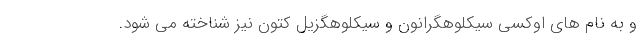
و به نام های اوکسی سیکلوهگرانون و سیکلوهگزیل کتون نیز شناخته می شود.